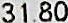
31.80